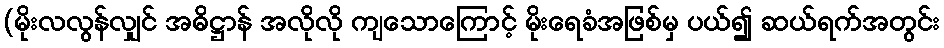
(မိုးလလွန်လျှင် အဓိဋ္ဌာန် အလိုလို ကျသောကြောင့် မိုးရေခံအဖြစ်မှ ပယ်၍ ဆယ်ရက်အတွင်း